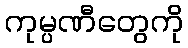
ကုမ္ပဏီတွေကို